Leningradi_Edasi_toimetus, lk 58
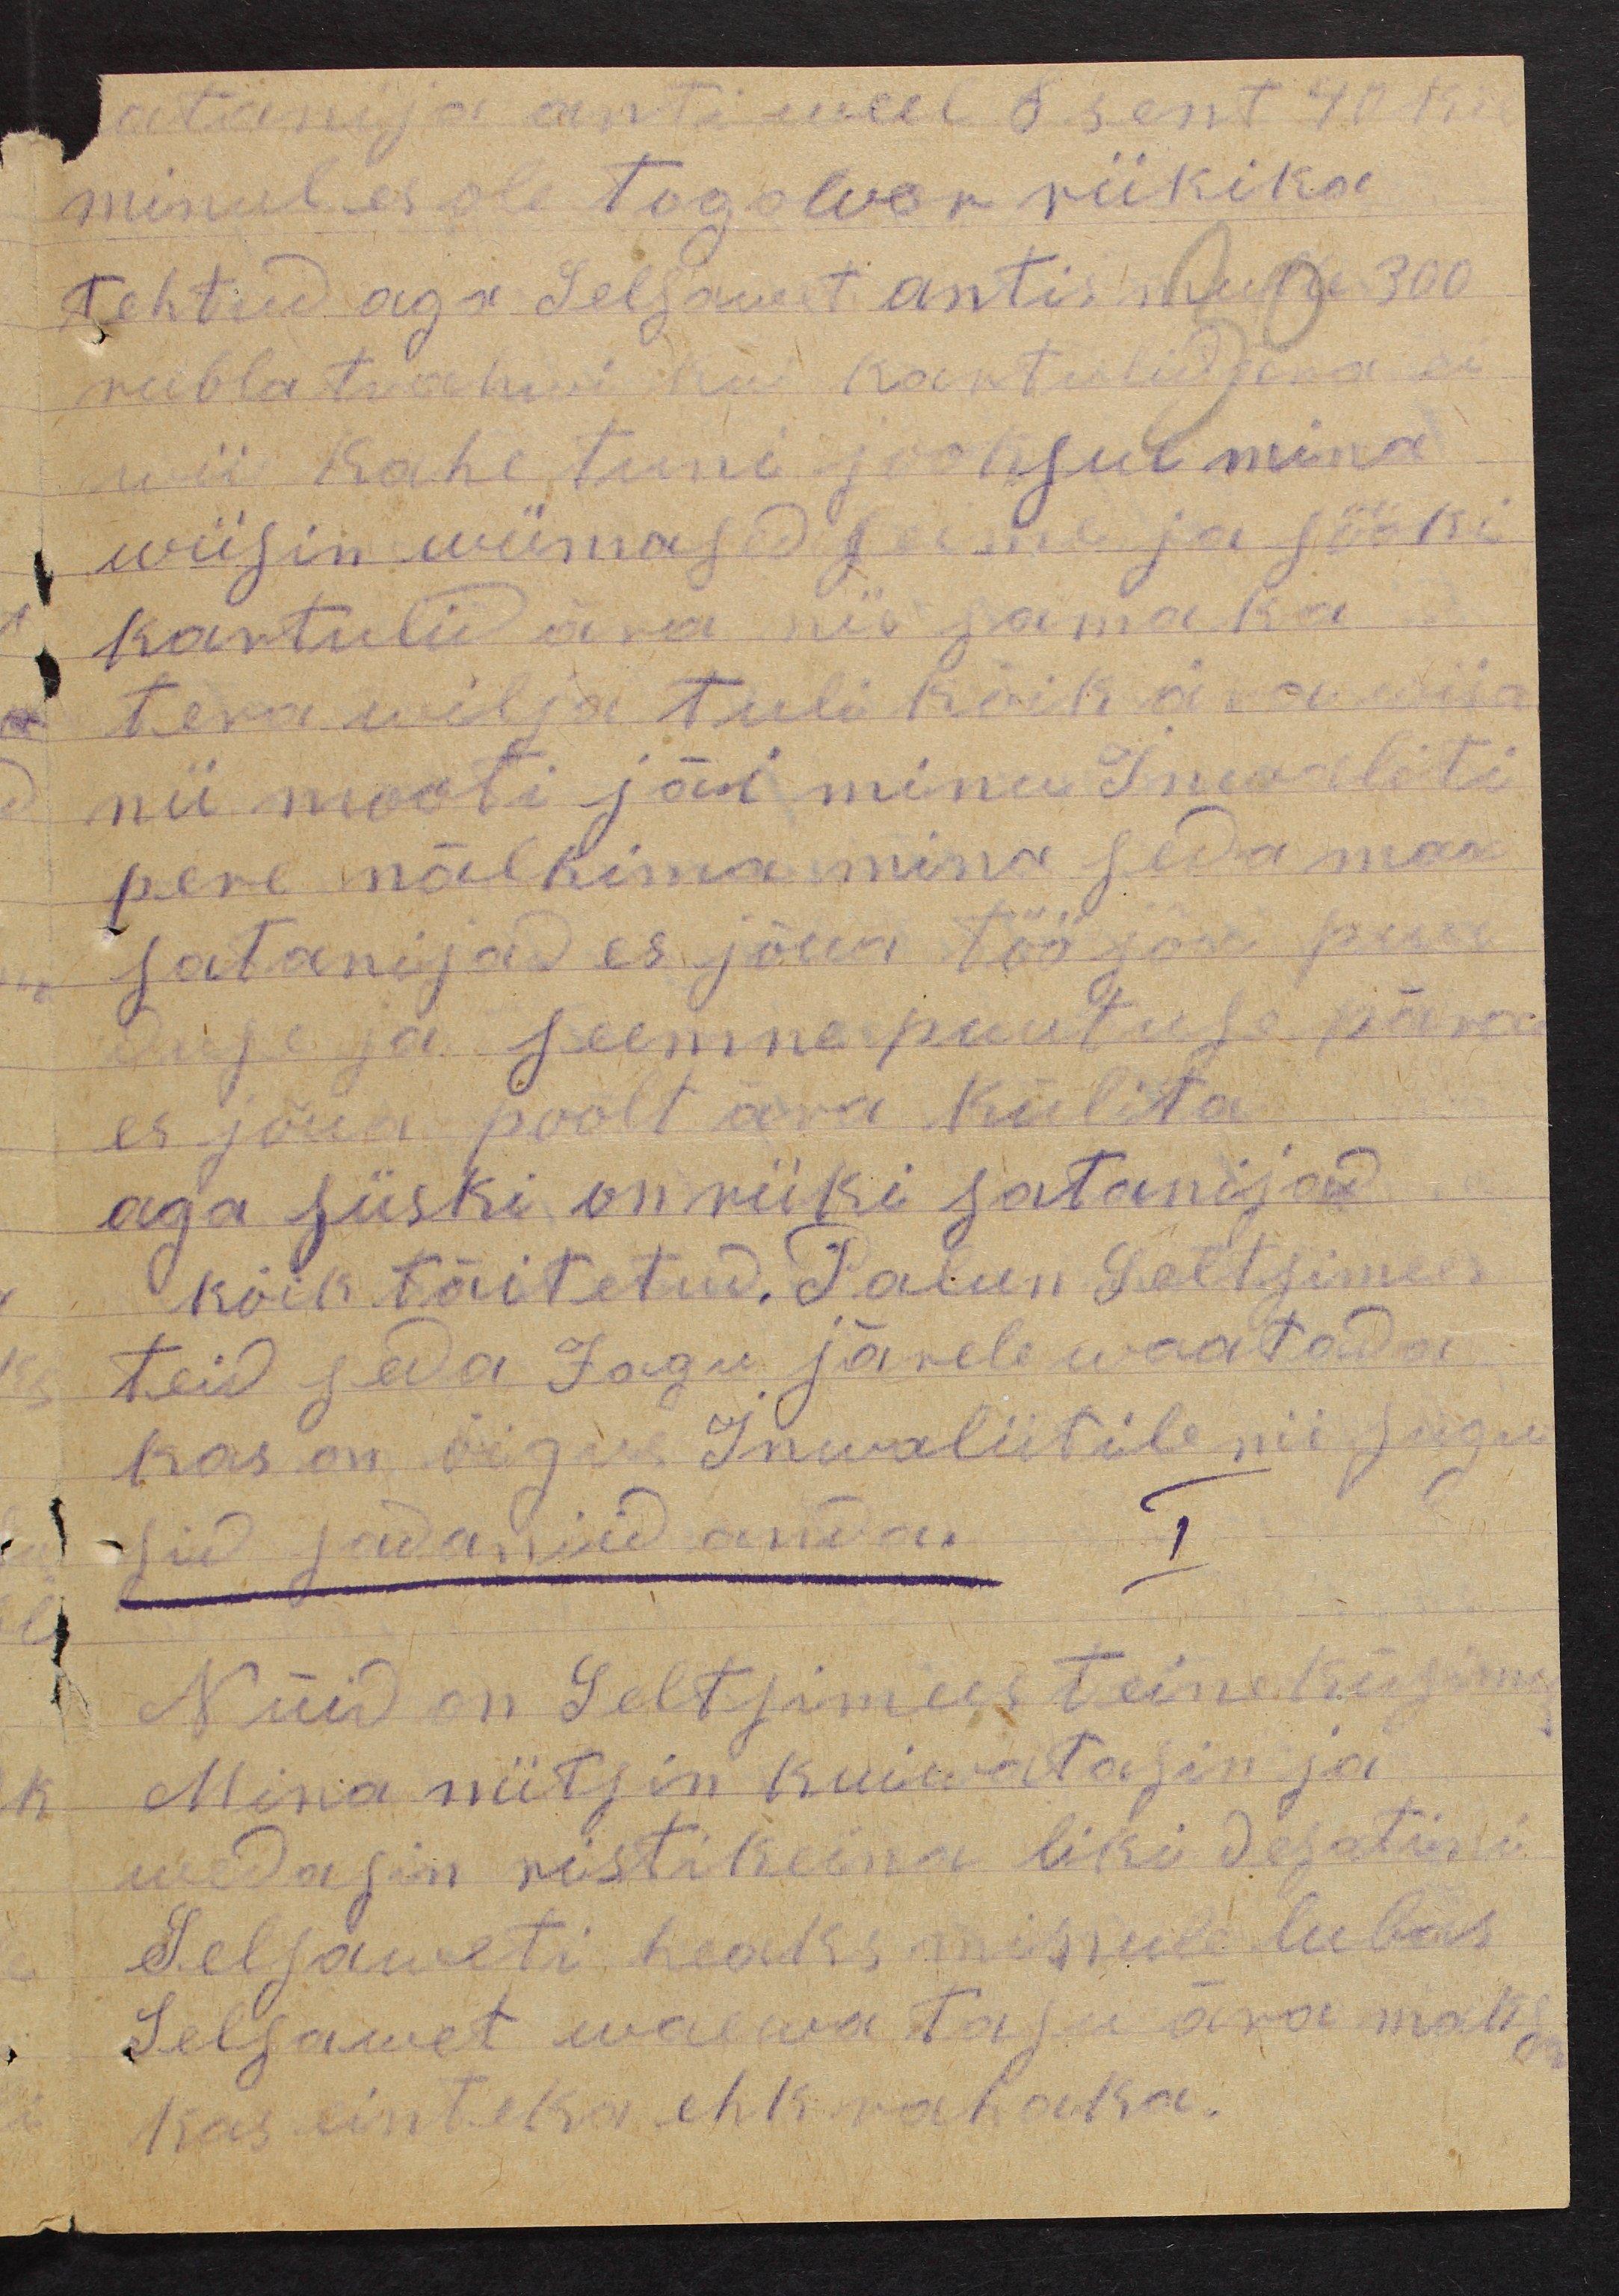
atamija anti weel 6 sent 40 k.
minul es ole tagolver riikika
tehtud aga Selsawet antis mulle 300
rubla trahwi kui kartulid ära ei
wii kahe tuni jooksul mina
wiisin wiimased seime ja sööki
kartulid ära nii sama ka
tera wilja tuli kõik ära wiia
nii mooti jäi minu Inwaliti
pere nälkima mina seda maa
satanijad es jõua töö jõu puu
duse ja seemne puutuse pära
es jõua poolt ärra külita
aga siiski on riiki satanijad
kõik täitetud. Palun Seltsimees
teid seda Jagu järele waatada,
kas on õigus Inwaliitile nii sugu
sid sadaniid anda.
I
Nüid on Seltsimees teine küsimu
Mina niitsin kuiwatasin ja
wedasin ristikeina liki desatiini
Selsaweti heaks minule lubas
Selsawet waewa tasu ära maksa
kas einteka ehk rahaka.